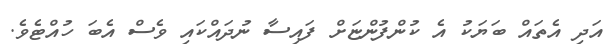
އަދި އެތައް ބަޔަކު އެ ކުންފުންޏަށް ފައިސާ ނުދައްކައި ވެސް އެބަ ހުއްޓެވެ.